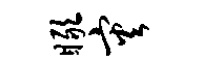
瞰灾